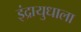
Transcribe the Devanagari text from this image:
इंद्रायुधाला